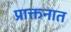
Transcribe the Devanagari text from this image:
प्राक्तनात